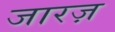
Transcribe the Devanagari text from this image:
जारज़